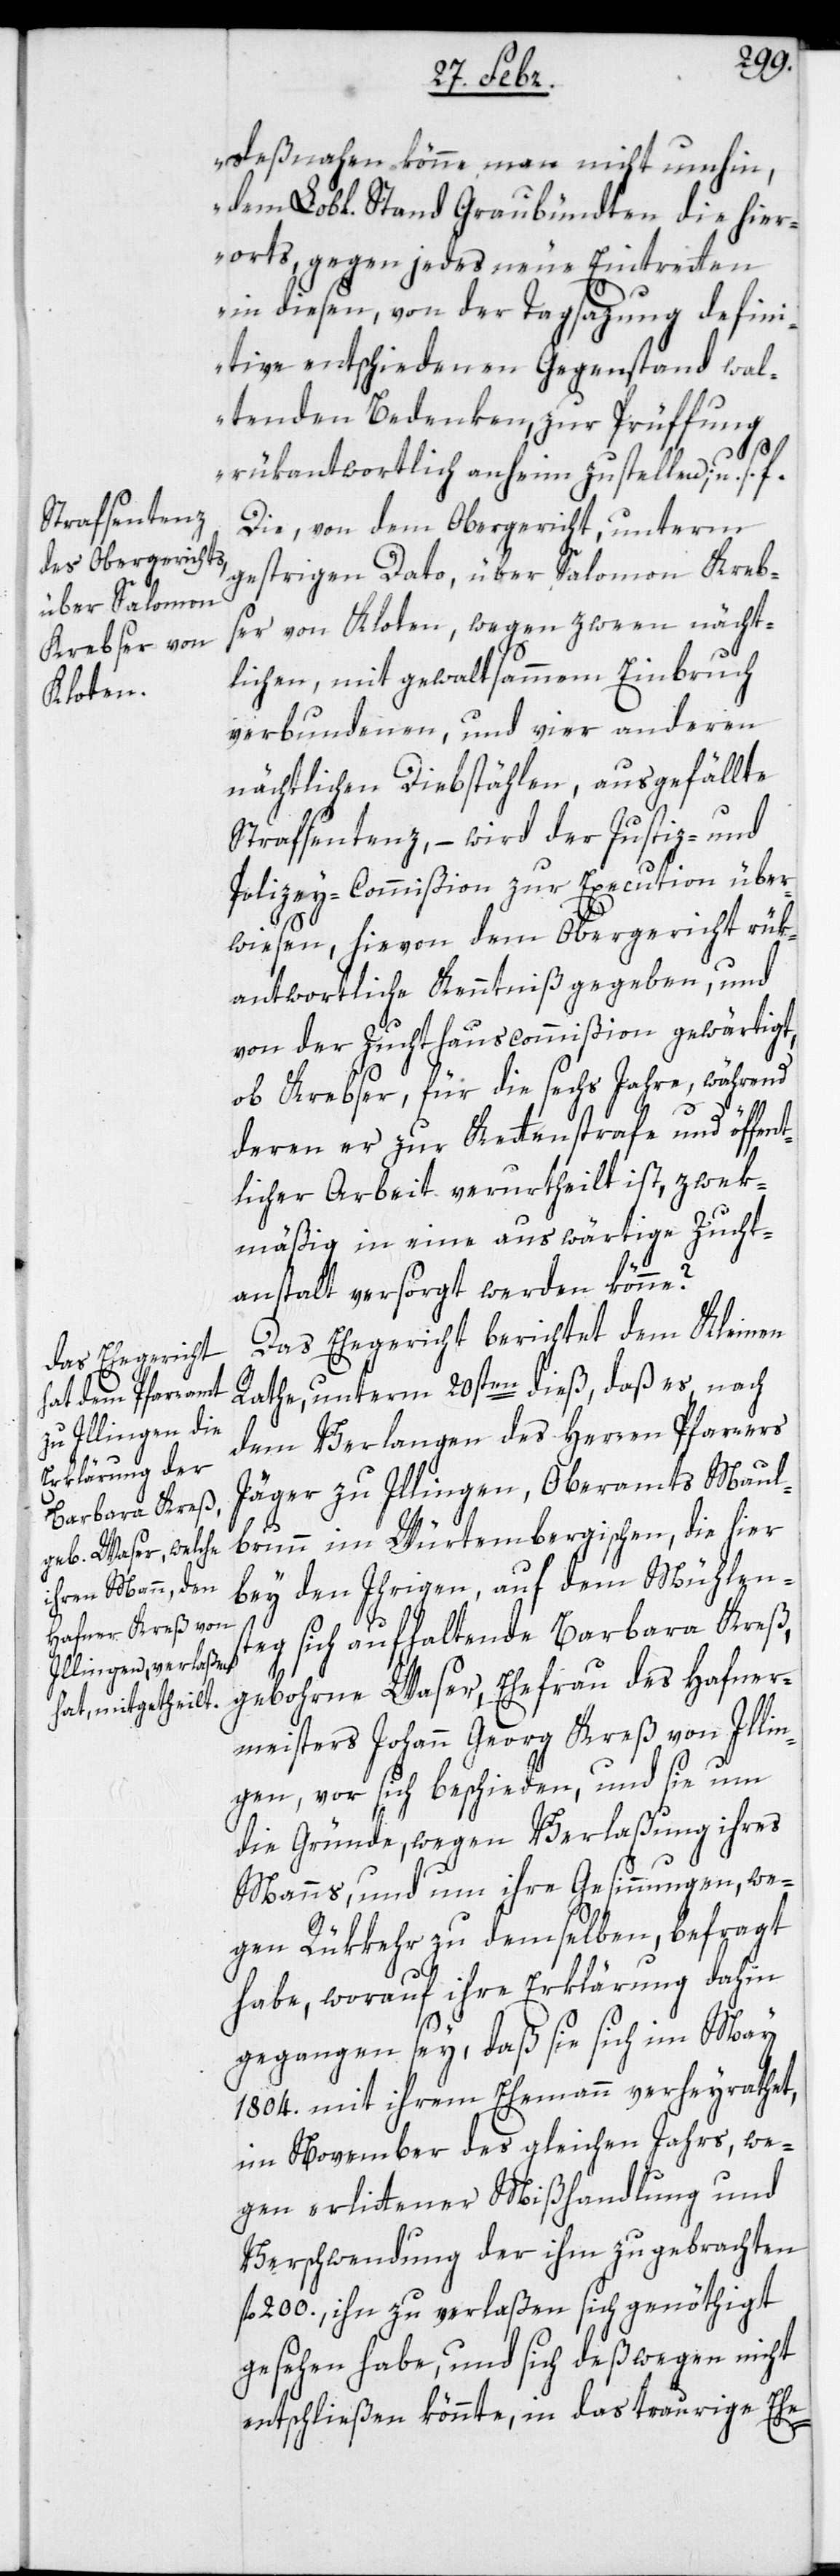
Deßnahen könne man nicht umhin,
dem Lobl. Stand Graubündten die hier¬
orts, gegen jedes neue Eintretten
in diesen, von der Tagsazung defini¬
tive entschiedenen Gegenstand wal¬
tenden Bedenken, zur Prüffung
rükantwortlich anheim zu stellen“, u. s. f.
Die, von dem Obergericht, unterm
gestrigen Dato, über Salomon Krebs¬
er von Kloten, wegen zween nächt¬
lichen, mit gewaltsammem Einbruch
verbundenen, und vier anderen
nächtlichen Diebstählen, ausgefällte
Strafsentenz, – wird der Justiz- und
Polizey-Commißion zur Execution über¬
wiesen, hievon dem Obergericht rük¬
antwortliche Kenntniß gegeben, und
von der Zuchthauscommißion gewärtigt,
ob Krebser, für die sechs Jahre, während
deren er zur Kettenstrafe und öffent¬
licher Arbeit verurtheilt ist, zwek¬
mäßig in eine auswärtige Zucht¬
anstalt versorgt werden könne?
Das Ehegericht berichtet dem Kleinen
Rathe, unterm 20sten dieß, daß es, nach
dem Verlangen des Herren Pfarrers
Jäger zu Illingen, Oberamts Maul¬
brunn im Würtembergischen, die hier
bey den Ihrigen, auf dem Mühlen¬
steg sich aufhaltende Barbara Kreß,
gebohrne Waser, Ehefrau des Hafner¬
meisters Johann Georg Kreß von Illin¬
gen, vor sich beschieden, und sie um
die Gründe, wegen Verlaßung ihres
Manns, und um ihre Gesinnungen, we¬
gen Rükkehr zu demselben, befragt
habe, worauf ihre Erklärung dahin
gegangen sey, daß sie sich im May
1804. mit ihrem Ehemann verheyrathet,
im November des gleichen Jahrs, we¬
gen erlittener Mißhandlung und
Verschwendung der ihm zugebrachten
fl. 200., ihn zu verlaßen sich genöthigt
gesehen habe, und sich deßwegen nicht
entschließen könnte, in das traurige Ehe-